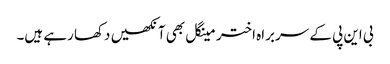
بی این پی کے سربراہ اختر مینگل بھی آنکھیں دکھا رہے ہیں۔